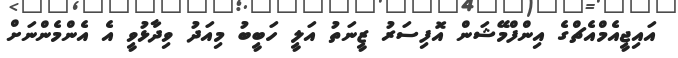
އައިޖީއެމްއެޗްގެ އިންފްމޭޝަން އޮފިސަރު ޒީނަތު އަލީ ހަބީބު މިއަދު ވިދާޅުވީ އެ އެންމެންނަށް